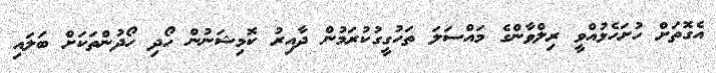
އެގޮތަށް ހުށަހެޅުއްވީ ރިލްވާންގެ މައްސަލަ ތަހުގީގުކުރަމުން ދާއިރު ކޮމިޝަނުން ހޯދި ހޯދުންތަކަށް ބަލައި